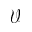
\mathcal { V }